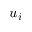
u _ { i }